Tezpur Lunatic Asylum reports 1877-1894 - 1877-1894
Year: 1877
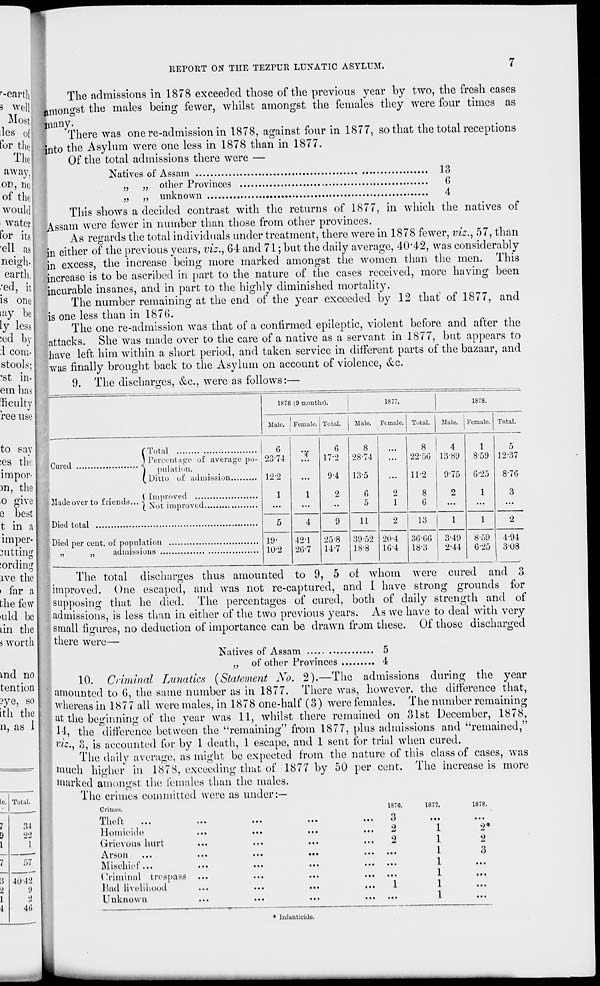
REPORT ON THE TEZTOR LUNATIC ASYLUM.
r -earth
3 well
Most
les of
for tlicj
Th e |
away,
or, no
of the;
would
water
for its
'ell as
neigh.
earth,
red
The admissions in 1878 exceeded those of the previous year by two, the fresh cases
amongst the males being fewer, whilst amongst the females they were four times as
many-
There was one re-admission in 1878, against four in 1877, so that the total receptions
into the Asylum were one less in 1878 than in 1877.
Of the total admissions there were —
Natives of Assam
13
other Provinces
6
4
i, it
is one
tay be
ly less
:ed by
:l corn-
stools;
'St in-
em has
ficulty
ree use
to say
;es tin
impor-
)n, the
o give
e best
t in a
imper-
cutting
tording
xve the
> far a
the few
•uld be
lin the
i worth
md no
tention
3ye, so
ith the
unknown
This shows a decided contrast with the returns of 1877, in which the natives of
Assam were few r er in number than those from other provinces.
As regards the total individuals under treatment, there were in 1878 fewer, viz., 57, than
in either of the previous years, viz., 64 and 71; but the daily average, 40*42, was considerably
in excess, the increase being more marked amongst the women than the men. This
increase is to be ascribed in part to the nature of the cases received, more having been
incurable insanes, and in part to the highly diminished mortality.
The number remaining at the end of the year exceeded by 12 that of 1877, and
is one less than in 1876.
The one re-admission was that of a confirmed epileptic, violent before and after the
attacks. She was made over to the care of a native as a servant in 1877, but appears to
have left him within a short period, and taken service in different parts of the bazaar, and
was finally brought back to the Asylum on account of violence, ecc.
9. The discharges, &c, were as follows:—
n, as I
le. Total.
7
.14
9
'22
i
1
—
1
7
57
;; 4042
■>
i)
1
a
i
40
187G (9 months).
1877.
1878.
Male. ! Female. Total.
Male. Female. Total.
Male. Female. Total
Cured
Total
I G
Percentage of average po- 23'74
pulatinn.
Ditto oil admission
12*2
Madeoverto friends... \ VT ?•' '
'T
I Not improved.
Dieil total
Died per cent, of population
„
„
admissions ..
1
19-
10-2
•if
G
17-2
8
28-74
...
...
9-4
13-5
...
1
2
G
5
2
1
4
9
11
2
42 1
2G-7
25-8
147
39-52
18-8
20-4
16-4
8
4
22-5G 13-89
11-2
8
G
9-75
o
13
36'66
18-3
3-49
2-44
1
859
G-25
1
1
8-59
G-25
12-37
8-7G
3
494
308
The total discharges thus amounted to 9, 5 of whom were cured and 3
improved. One escaped, and was not re-captured, and I have strong grounds for
supposing that he died. The percentages of cured, both of daily strength and of
admissions, is less than in either of the two previous years. As we have to deal with very
small figures, no deduction of importance can be drawn from these. Of those discharged
there were—
Natives of Assam
5
„ of other Provinces
4
10. Criminal Lunatics (Statement No. 2).—The admissions during the year
amounted to 0, the same number as in 1877. There was, however, the difference that,
whereas in 1877 all were males, in 1878 one-half (3) were females. The number remaining
at the beginning; of the year was 11, whilst there remained on 31st December, 1878,
14, the difference between the "remaining" from 1877, plus admissions and "remained,"
W$tj S, is accounted for by 1 death, 1 escape, and 1 sent for trial when cured.
The daily average, as might be expected from the nature of this class of cases, w r as
much higher in 1878, exceeding that of 1877 by 50 per cent. The increase is more
marked amongst the females than the males.
The crimes committed were as under:—
Crimes.
Theft ...
Homicide
Grievous hurt
Arson
Mischief...
(Criminal trespass
Bad livelihood
Unknown
1ST6.
o
0
2
9.
1877.
• ••
1
1
1
1
1
1
1
1878.
2*
2
3
* lufuuticide.